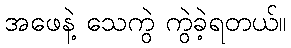
အဖေနဲ့ သေကွဲ ကွဲခဲ့ရတယ်။